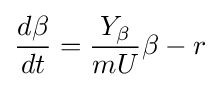
{\frac {d\beta }{dt}}={\frac {Y_{\beta }}{mU}}\beta -r